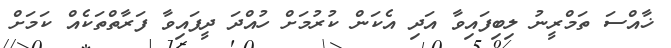
ޚާއްސަ ތަމްރީނު ލިބިފައިވާ އަދި އެކަން ކުރުމަށް ހުއްދަ ދީފައިވާ ފަރާތްތަކެއް ކަމަށް